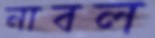
নাবল